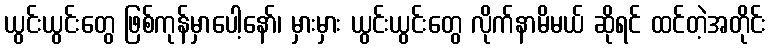
ယွင်းယွင်းတွေ ဖြစ်ကုန်မှာပေါ့နော်၊ မှားမှား ယွင်းယွင်းတွေ လိုက်နာမိမယ် ဆိုရင် ထင်တဲ့အတိုင်း